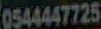
0544447725